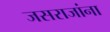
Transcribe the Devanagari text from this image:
जसराजांना